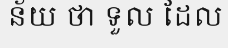
ន័យ ថា ទួល ដែល